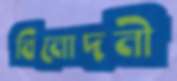
বিনোদনী